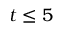
t \leq 5